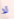
لا